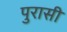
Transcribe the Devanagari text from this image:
पुरासी